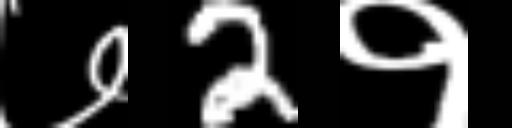
Text: ७2१